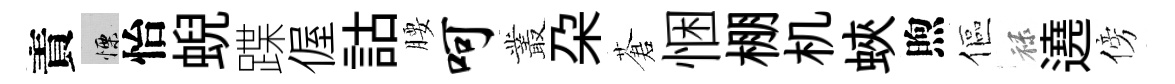
責慄怡蜺蹀偓詁腰呵叢朶蒼悃棚机蛺煦傴禄遶傍